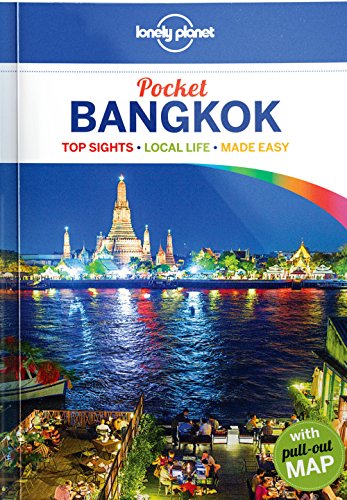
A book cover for Lonely Planet Pocket Bangkok (Travel Guide); Lonely Planet; Travel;